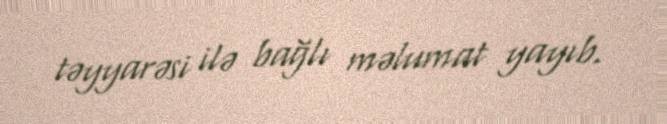
təyyarəsi ilə bağlı məlumat yayıb.